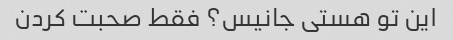
این تو هستی جانیس؟ فقط صحبت کردن